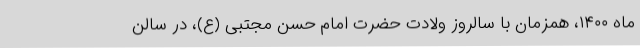
ماه ۱۴۰۰، همزمان با سالروز ولادت حضرت امام حسن مجتبی (ع)، در سالن